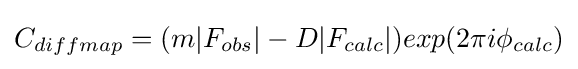
C_{diffmap}=(m|F_{obs}|-D|F_{calc}|)exp(2\pi i\phi _{calc})